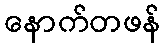
နောက်တဖန်